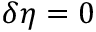
\delta \eta = 0